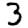
Digit: 3